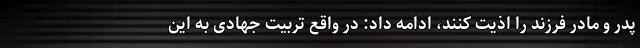
پدر و مادر فرزند را اذیت کنند، ادامه داد: در واقع تربیت جهادی به این